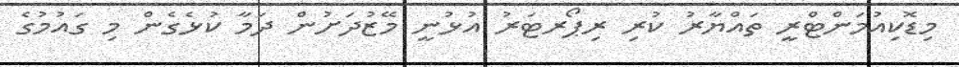
މިޑޮކިއުމަންޓްރީ ތައްޔާރު ކުރި ރިޕޯރޓަރު އުޅުނީ މޭޒުދަށުން ދަމާ ކުޅެގެން މި ގައުމުގެ